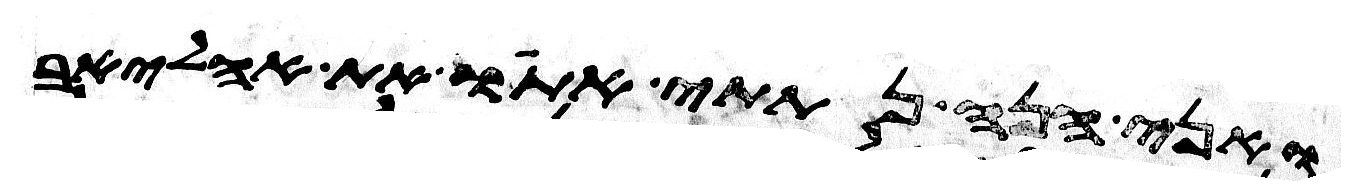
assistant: ואני הנה נתתי אתו את אהליאב